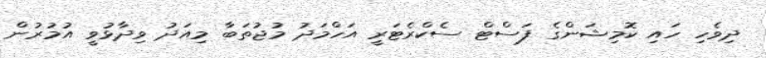
ދިވެހި ހައި ކޮމިޝަންގެ ފަސްޓް ސެކްރެޓަރީ އަހްމަދު މުޖުތަބާ މިއަދު ވިދާޅުވީ އުމުރުން